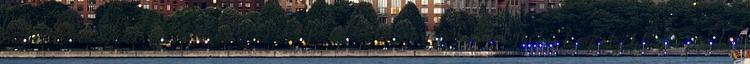
Nyári Tibor 2 Foglalkoztatási szempontból hátrányos helyzetű Legfeljebb alapfokú